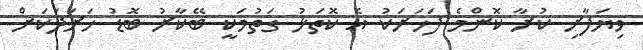
ވިޔަފާރި ކުރާ ކޮންމެ ފަހަރަކު އެ ކޮތަޅު ގަތުމަކީ ބޭކާރު ބޮޑު ހަރަދަކަށް